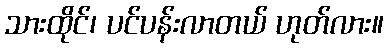
သားထိုင်၊ ပင်ပန်းလာတယ် ဟုတ်လား။